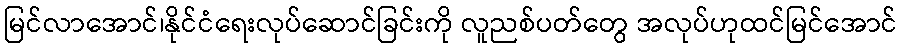
မြင်လာအောင်၊နိုင်ငံရေးလုပ်ဆောင်ခြင်းကို လူညစ်ပတ်တွေ အလုပ်ဟုထင်မြင်အောင်